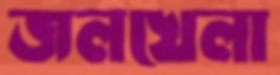
জলখেলা